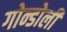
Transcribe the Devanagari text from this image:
गोन्डोली